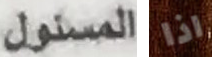
المسئول اذا